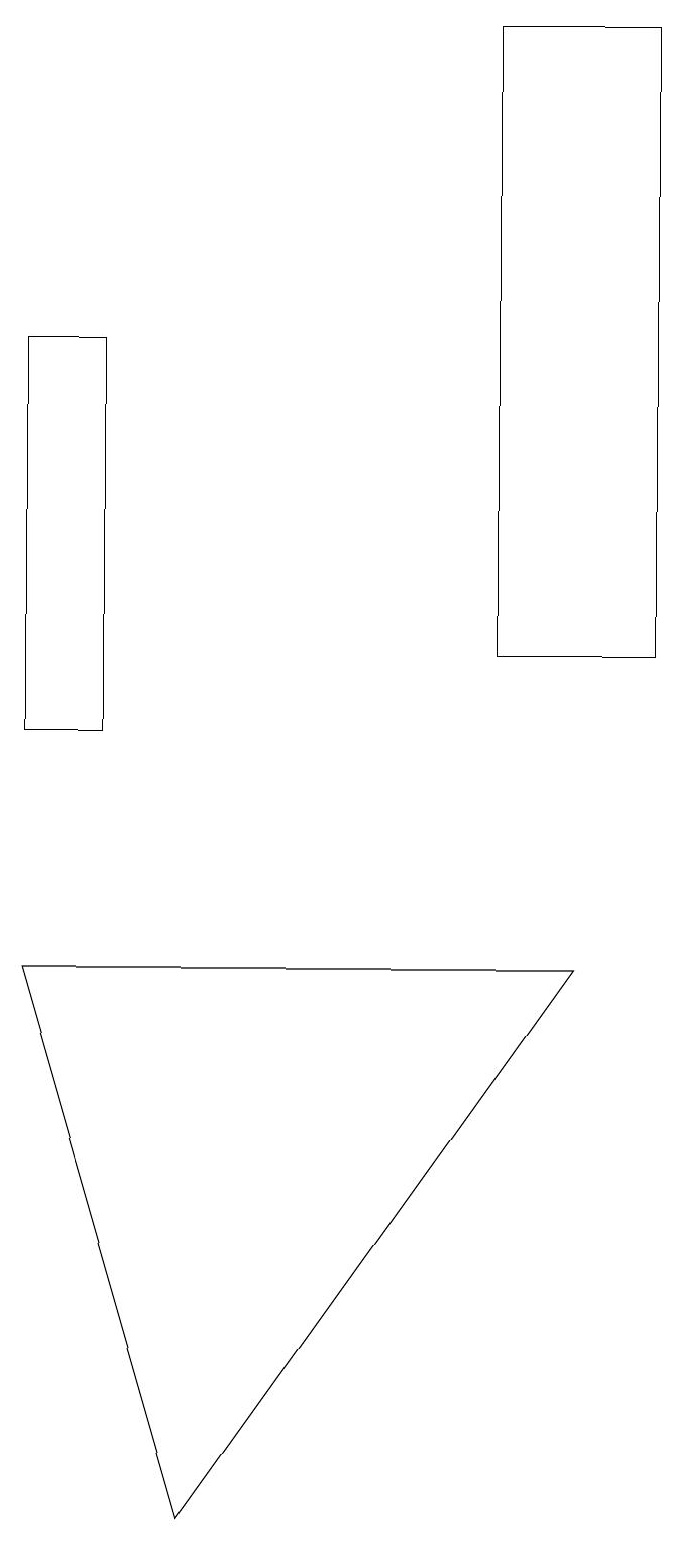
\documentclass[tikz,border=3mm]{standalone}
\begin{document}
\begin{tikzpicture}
\draw (7,19) rectangle (9,11);
\draw (1,7) -- (8,7) -- (3,0) -- cycle;
\draw (1,15) rectangle (2,10);
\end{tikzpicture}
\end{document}